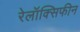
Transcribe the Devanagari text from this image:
रेलॉक्सिफीन